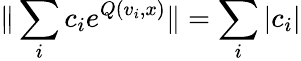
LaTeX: \| \sum_{i}c_{i}e^{Q(v_{i},x)}\| =\sum_{i}|c_{i}|